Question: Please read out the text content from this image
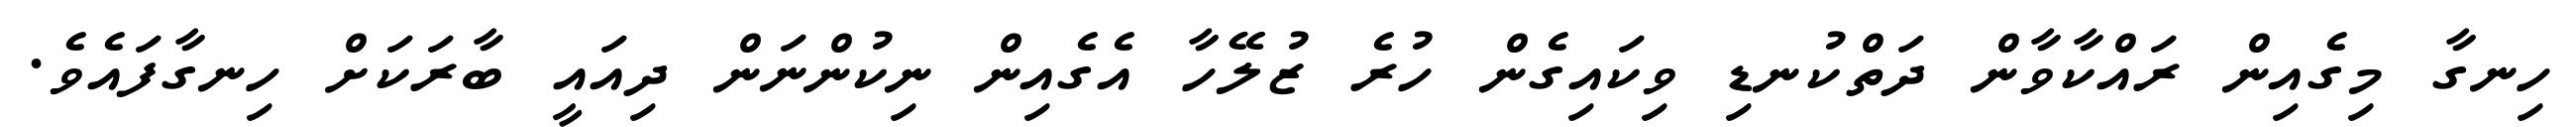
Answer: ހިނގާ މިގެއިން ރައްކާވާން ދަތްކުނޑި ވިކައިގެން ހުރެ ޒުލޭހާ އެގެއިން ނިކުންނަން ދިއައީ ބާރަކަށް ހިނގާފައެވެ.